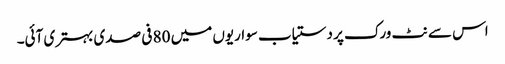
اس سے نٹ ورک پر دستیاب سواریوں میں 80 فی صدی بہتری آئی۔